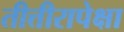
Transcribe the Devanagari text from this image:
तीत्तीरापेक्षा